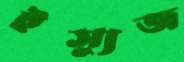
ইস্যুজ